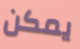
يمكن